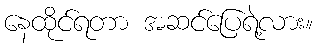
နေထိုင်ရတာ အဆင်ပြေရဲ့လား။